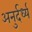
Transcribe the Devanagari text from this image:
अनुर्दर्ध्य